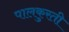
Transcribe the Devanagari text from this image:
पालकुरती